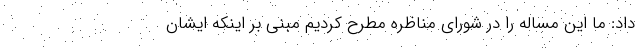
داد: ما این مساله را در شورای مناظره مطرح کردیم مبنی بر اینکه ایشان